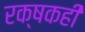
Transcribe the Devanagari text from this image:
रक्षकही